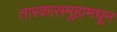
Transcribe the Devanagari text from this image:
तारकासमूहामधून